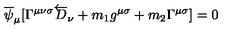
\overline { { \psi } } _ { \mu } [ \Gamma ^ { \mu \nu \sigma } \overleftarrow { D } _ { \nu } + m _ { 1 } g ^ { \mu \sigma } + m _ { 2 } \Gamma ^ { \mu \sigma } ] = 0